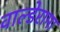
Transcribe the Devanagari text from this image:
वाल्डेरामा